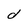
Character: d